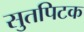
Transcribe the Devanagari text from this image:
सुतपिटक